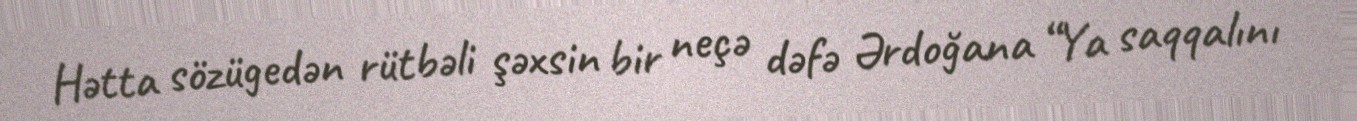
Hətta sözügedən rütbəli şəxsin bir neçə dəfə Ərdoğana “Ya saqqalını